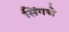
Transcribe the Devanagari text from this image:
सिंगचे